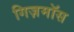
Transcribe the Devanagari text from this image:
गिज़मॉस